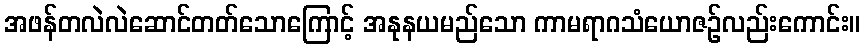
အဖန်တလဲလဲဆောင်တတ်သောကြောင့် အနုနယမည်သော ကာမရာဂသံယောဇဉ်လည်းကောင်း။